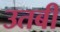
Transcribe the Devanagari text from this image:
उतबी